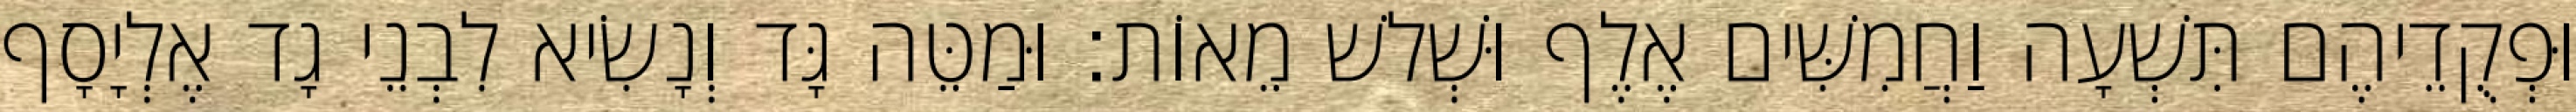
וּפְקֻדֵיהֶם תִּשְׁעָה וַחֲמִשִּׁים אֶלֶף וּשְׁלשׁ מֵאוֹת׃ וּמַטֵּה גָּד וְנָשִׂיא לִבְנֵי גָד אֶלְיָסָף